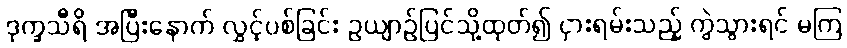
ဒုက္ခသီရိ အပြီးနောက် လွှင့်ပစ်ခြင်း ဥယျာဉ်ပြင်သို့ထုတ်၍ ငှားရမ်းသည့် ကွဲသွားရင် မကြ